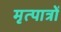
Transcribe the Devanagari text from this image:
मृत्पात्रों